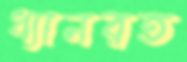
ধ্যানরত